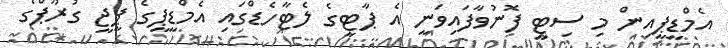
އެމްޑީޕީއިން މި ސިޓީ ފޮނުވާފައިވަނީ އެ ޕާޓީގެ ލެޓާހެޑްގައި އެމްޑީޕީގެ ޕީޖީ ގުރޫޕްގެ